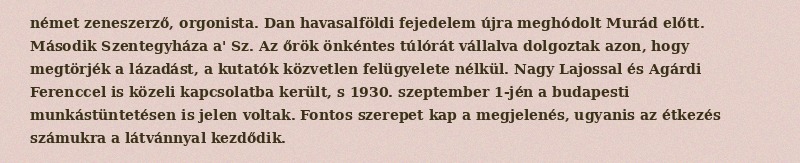
német zeneszerző, orgonista. Dan havasalföldi fejedelem újra meghódolt Murád előtt. Második Szentegyháza a' Sz. Az őrök önkéntes túlórát vállalva dolgoztak azon, hogy megtörjék a lázadást, a kutatók közvetlen felügyelete nélkül. Nagy Lajossal és Agárdi Ferenccel is közeli kapcsolatba került, s 1930. szeptember 1-jén a budapesti munkástüntetésen is jelen voltak. Fontos szerepet kap a megjelenés, ugyanis az étkezés számukra a látvánnyal kezdődik.